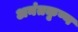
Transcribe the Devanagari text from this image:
अनंतकृष्ण